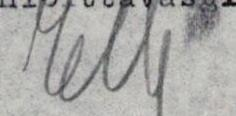
Nelly